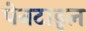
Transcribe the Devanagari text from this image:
पेनटाइल